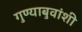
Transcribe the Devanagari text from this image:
गुण्याबुवांशी